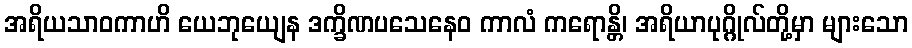
အရိယသာဝကာဟိ ယေဘုယျေန ဒက္ခိဏပသေနေဝ ကာလံ ကရောန္တိ၊ အရိယာပုဂ္ဂိုလ်တို့မှာ များသော